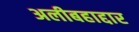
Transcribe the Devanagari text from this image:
अलीबहाद्दार